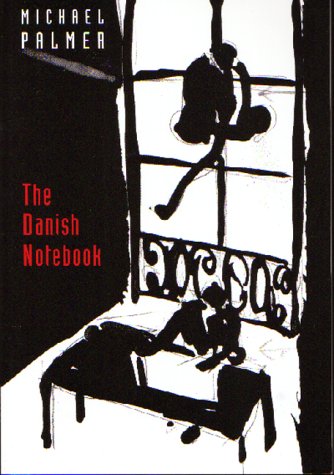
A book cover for The Danish Notebook; Michael Palmer; Biographies & Memoirs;